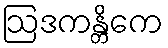
ဩဒကန္တိကေ